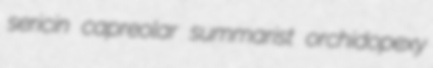
sericin capreolar summarist orchidopexy